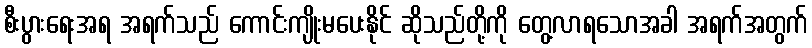
စီးပွားရေးအရ အရက်သည် ကောင်းကျိုးမပေးနိုင် ဆိုသည်တို့ကို တွေ့လာရသောအခါ အရက်အတွက်